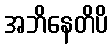
အဘိနေတိပိ